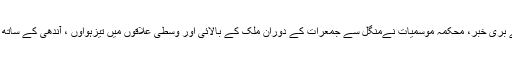
لاہور(24نیوز) کسانوں کے لئے بری خبر، محکمہ موسمیات نےمنگل سے جمعرات کے دوران ملک کے بالائی اور وسطی علاقوں میں تیزہواوٗں ، آندھی کے ساتھ بارش کی پیشگوئی کی گئی ہے۔